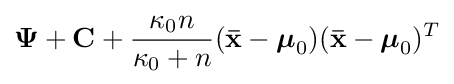
{\boldsymbol {\Psi }}+\mathbf {C} +{\frac {\kappa _{0}n}{\kappa _{0}+n}}(\mathbf {\bar {x}} -{\boldsymbol {\mu }}_{0})(\mathbf {\bar {x}} -{\boldsymbol {\mu }}_{0})^{T}